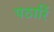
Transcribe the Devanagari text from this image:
पठारिं